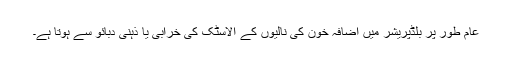
عام طور پر بلڈپریشر میں اضافہ خون کی نالیوں کے الاسٹک کی خرابی یا ذہنی دبائو سے ہوتا ہے۔